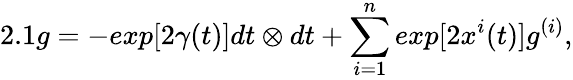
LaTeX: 2.1g=-exp[2{\gamma}(t)]dt\otimes dt+\sum_{i=1}^{n}exp[2{x^{i}}(t)]g^{(i)},